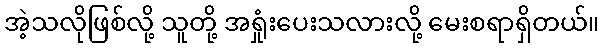
အဲ့သလိုဖြစ်လို့ သူတို့ အရှုံးပေးသလားလို့ မေးစရာရှိတယ်။